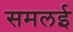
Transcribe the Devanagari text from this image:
समलई